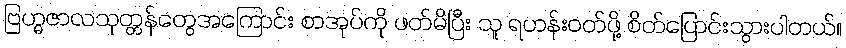
ဗြဟ္မဇာလသုတ္တန်တွေအကြောင်း စာအုပ်ကို ဖတ်မိပြီး သူ ရဟန်းဝတ်ဖို့ စိတ်ပြောင်းသွားပါတယ်။